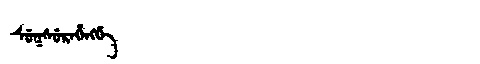
Manchu: ᠰᡠᡴᠰᡠᡵᡝᡥᡝᠩᡤᡝ
Romanization: SUKSUREHENGGE